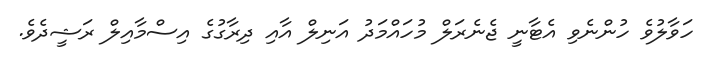
ހަވާލުވެ ހުންނެވި އެޓާނީ ޖެނެރަލް މުހައްމަދު އަނިލް އާއި ދިރާގުގެ އިސްމާއިލް ރަޝީދެވެ.